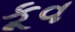
કૂવ